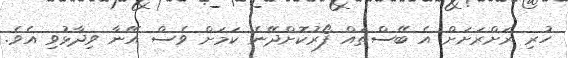
ހުރި ރަށްރަށަށް އެ ބޭސްތައް ފޯރުކޮށްދޭނެ ކަމަށް ވެސް އޭނާ ވިދާޅުވި އެވެ.